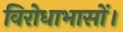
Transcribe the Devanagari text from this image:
विरोधाभासों।